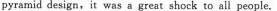
pyramid design, it was a great shock to all people.